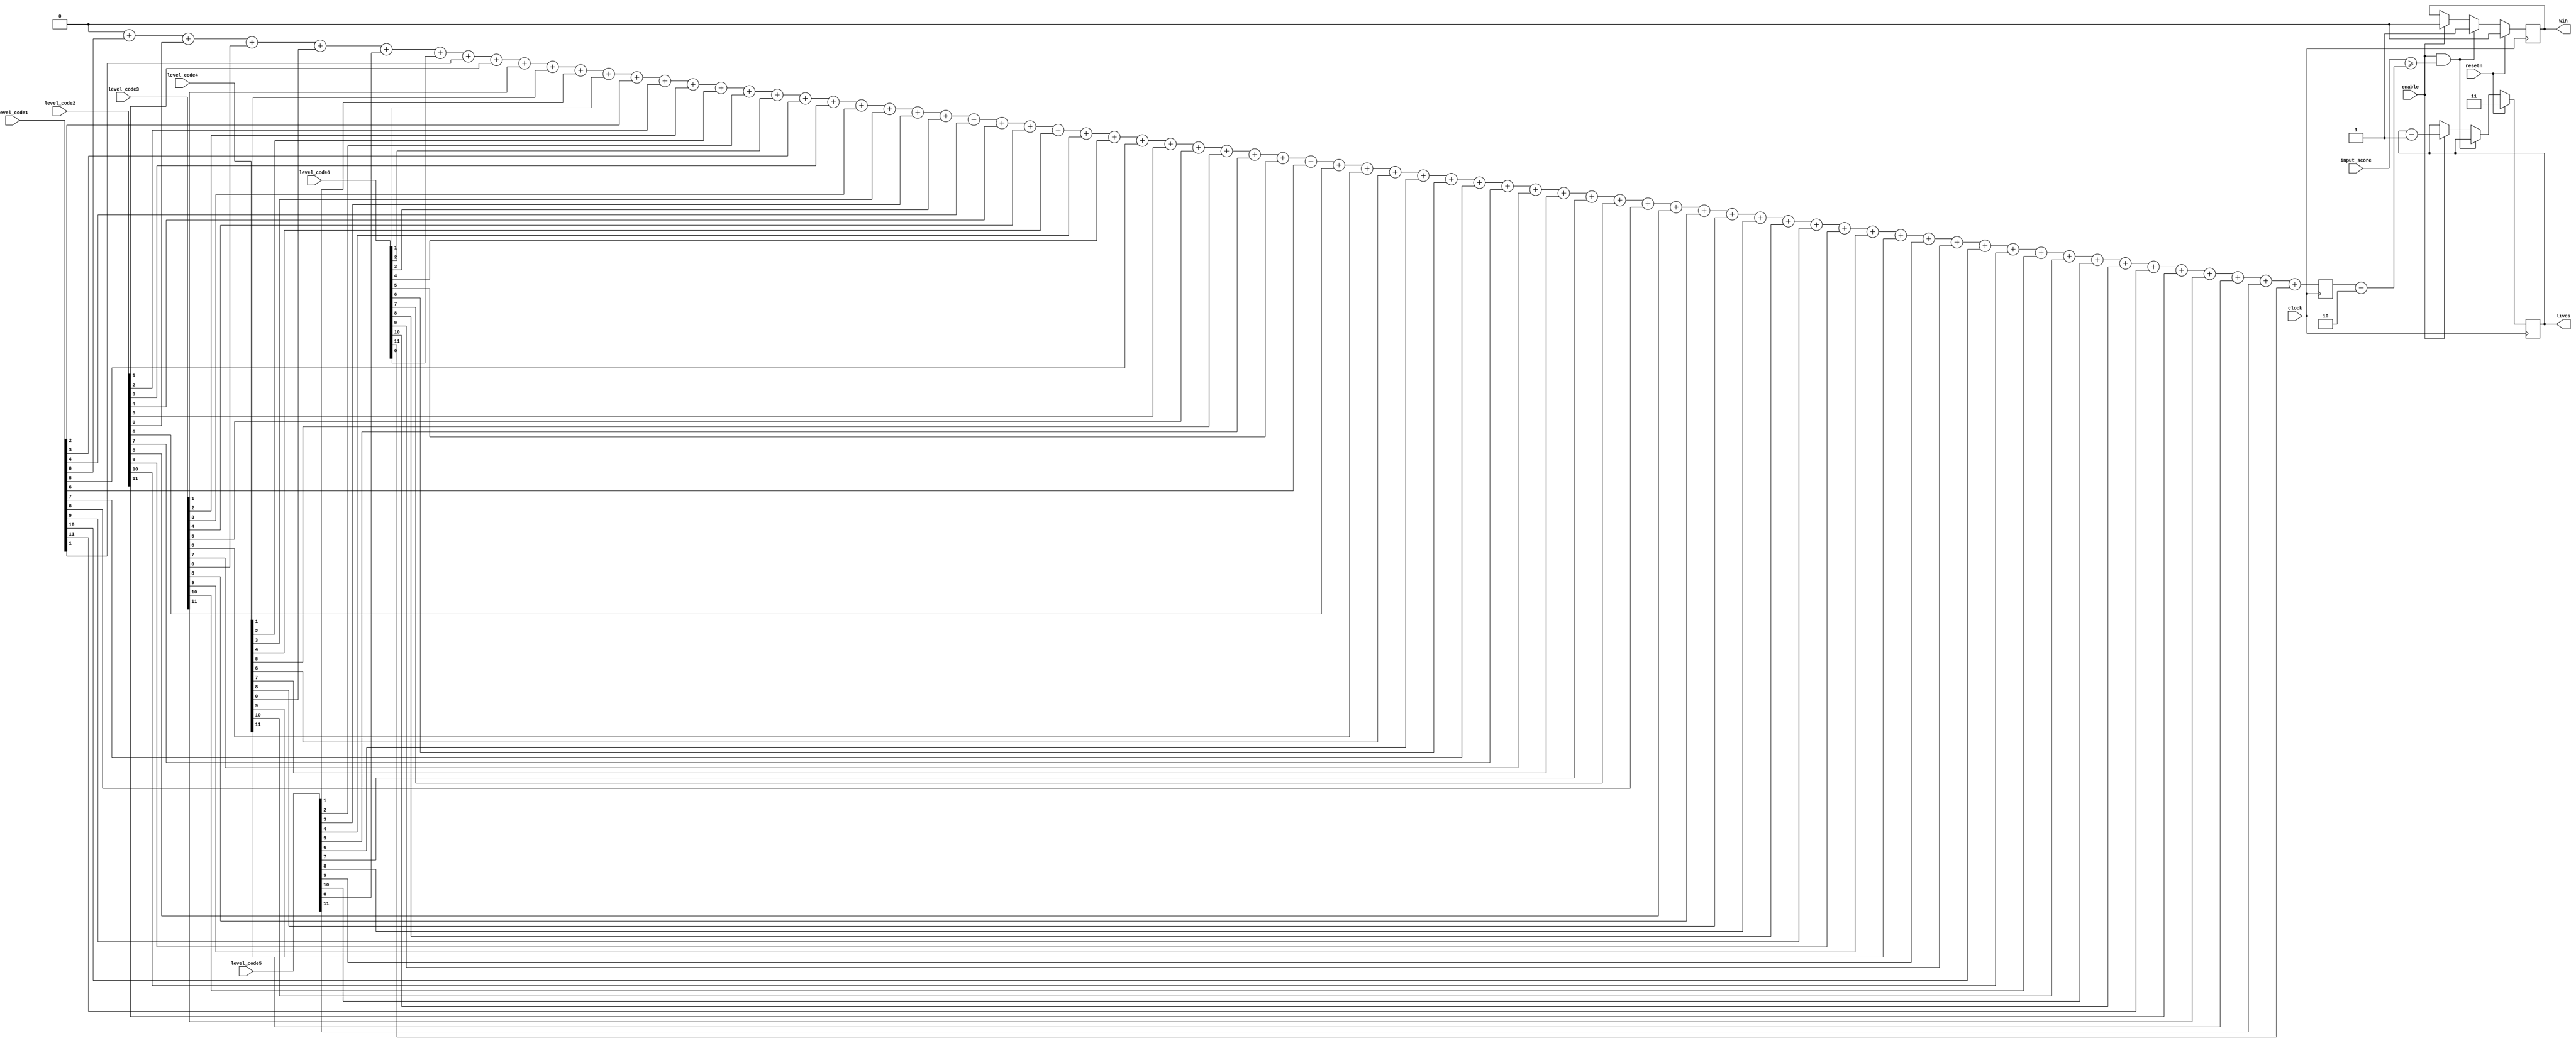
module score_check ( 
	input [4:0] input_score,
	
	input [11:0] level_code1,
	input [11:0] level_code2,
	input [11:0] level_code3,
	input [11:0] level_code4,
	input [11:0] level_code5,
	input [11:0] level_code6,
	
	input enable,
	input clock,
	input resetn,
	output reg win,
	output reg [1:0] lives
	);
	
	parameter WIDTH = 12,
					  TOLERANCE = 2'd2;
	reg [11:0] count_ones; 
	integer i;

	always @(posedge clock) begin
		count_ones = {WIDTH{1'b0}};  
		for( i = 0; i<WIDTH; i = i + 1) begin
			count_ones = count_ones + level_code1[i] + level_code2[i] + level_code3[i] + level_code4[i] + level_code5[i] + level_code6[i];
		end
	end
	
	always@(posedge clock) begin
		if (resetn) begin
			lives <=2'd3; //count down later
			win <= 1'b0;
		end
		else if (enable && input_score >= count_ones - TOLERANCE)
			win <= 1'b1;
		else if (enable) begin
			win <= 1'b0;
			lives <= lives - 1'b1;
		end
	end
	
endmodule